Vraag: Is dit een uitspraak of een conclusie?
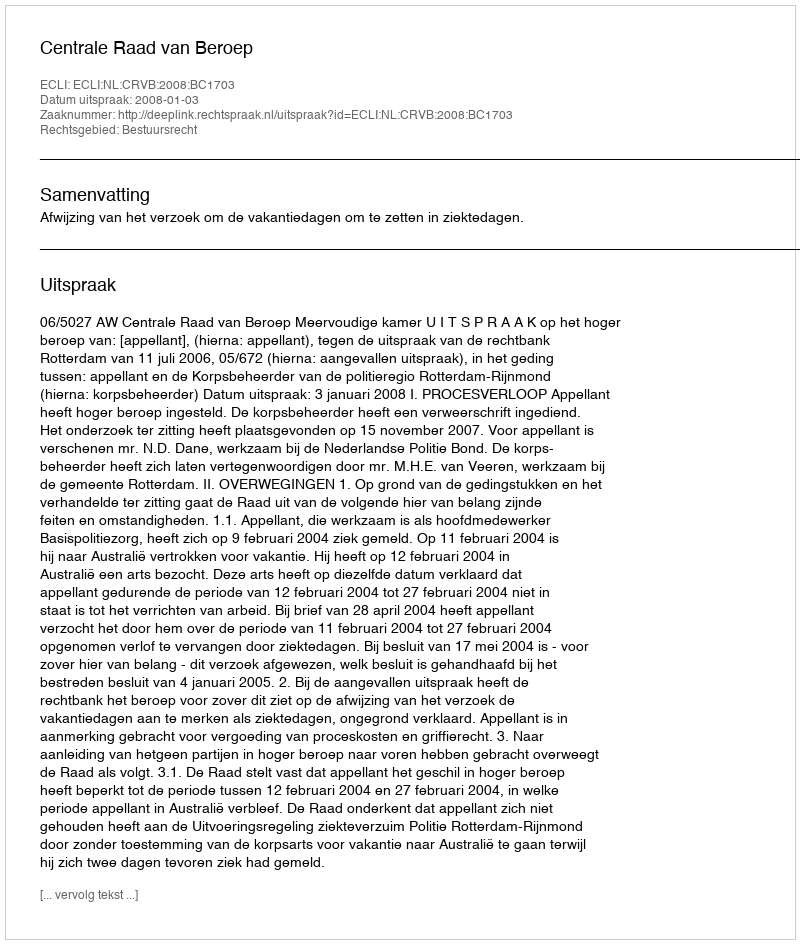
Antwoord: Uitspraak